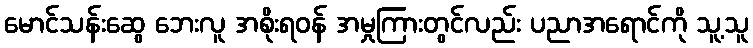
မောင်သန်းဆွေ ဘေးလူ အစိုးရဝန် အမှုကြားတွင်လည်း ပညာအရောင်ကို သူ့သူ